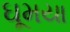
ઘૂમયા